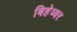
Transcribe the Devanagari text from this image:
बिहेव्यर